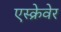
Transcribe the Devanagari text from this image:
एस्क्रेवेर